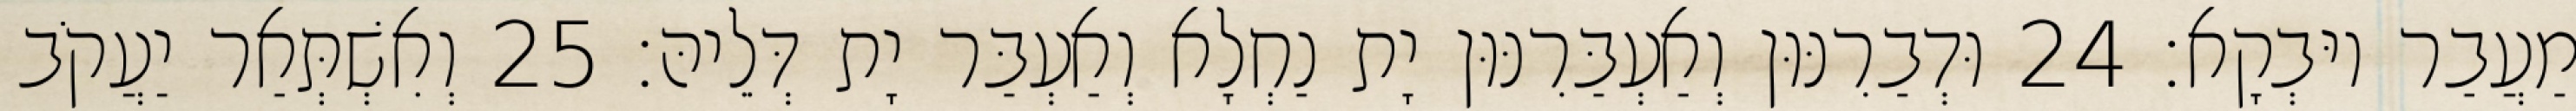
מַעֲבַר יוּבְקָא׃ 24 וּדְבַרִנּוּן וְאַעְבַּרִנּוּן יָת נַחְלָא וְאַעְבַּר יָת דְּלֵיהּ׃ 25 וְאִשְׁתְּאַר יַעֲקֹב